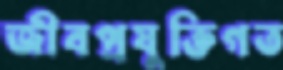
জীবপ্রযুক্তিগত